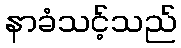
နာခံသင့်သည်